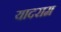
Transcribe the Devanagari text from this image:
यादराम